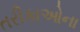
તરીકાઓના